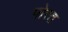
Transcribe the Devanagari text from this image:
पोरत